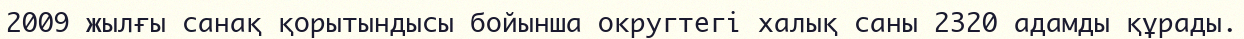
2009 жылғы санақ қорытындысы бойынша округтегі халық саны 2320 адамды құрады.